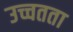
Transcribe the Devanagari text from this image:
उच्चतता